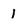
Character: 1